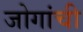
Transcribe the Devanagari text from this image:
जोगांची